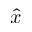
\hat { x }